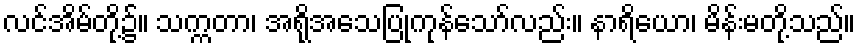
လင်အိမ်တို့၌။ သက္ကတာ၊ အရိုအသေပြုကုန်သော်လည်း။ နာရိယော၊ မိန်းမတို့သည်။